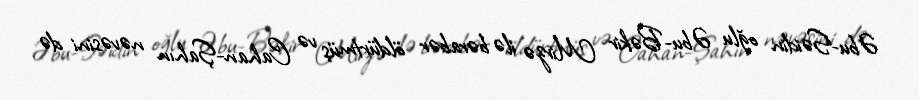
Əbu-Səidin oğlu Əbu-Bəkir Mirzə ilə bərabər öldürtmüş və Cahan-Şahın nəvəsini də